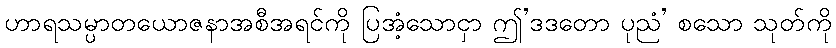
ဟာရသမ္ပာတယောဇနာအစီအရင်ကို ပြအံ့သောငှာ ဤ’ဒဒတော ပုညံ’ စသော သုတ်ကို